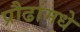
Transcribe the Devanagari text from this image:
प्रौढांमधे